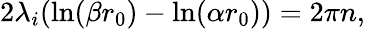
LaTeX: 2\lambda_{i}(\ln(\beta r_{0})-\ln(\alpha r_{0}))=2\pi n,